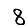
Digit: 8